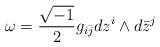
LaTeX: \begin{align*}\omega=\frac{\sqrt{-1}}{2}g_{i\bar{j}}dz^i\wedge d\bar{z}^j\end{align*}